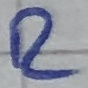
Text: R